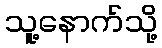
သူ့နောက်သို့